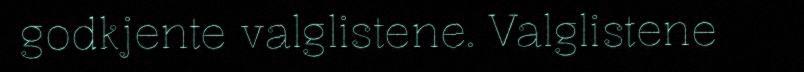
godkjente valglistene. Valglistene